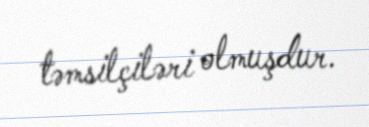
təmsilçiləri olmuşdur.